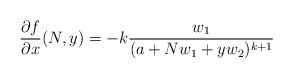
LaTeX: \begin{align*}\frac{\partial f}{\partial x}(N,y)=-k\frac{w_1}{(a+Nw_1+yw_2)^{k+1}}\end{align*}